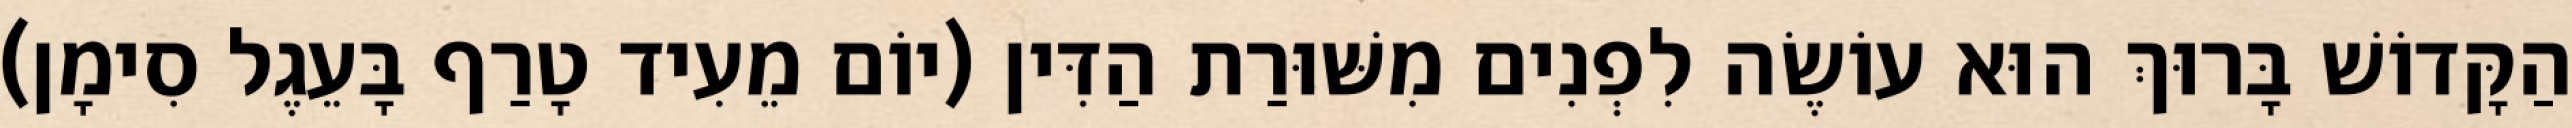
הַקָּדוֹשׁ בָּרוּךְ הוּא עוֹשֶׂה לִפְנִים מִשּׁוּרַת הַדִּין (יוֹם מֵעִיד טָרַף בָּעֵגֶל סִימָן)